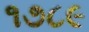
૧૭૮૯